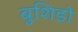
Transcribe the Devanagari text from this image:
बुशिडो